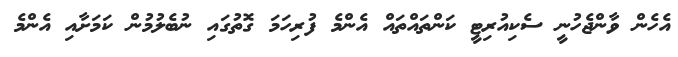
އެހެން ވާންޖެހުނީ ސެކިއުރިޓީ ކަންތައްތައް އެންމެ ފުރިހަމަ ގޮތުގައި ނުބެލުމުން ކަމަށާއި އެންމެ